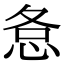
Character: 㤩